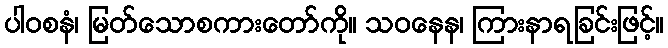
ပါဝစနံ၊ မြတ်သောစကားတော်ကို။ သဝနေန၊ ကြားနာရခြင်းဖြင့်။